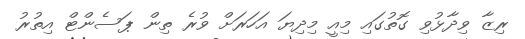
ރިޒާ ވިދާޅުވި ގޮތުގައި މިއީ މިދިޔަ އަހަރަށް ވުރެ ތިން ޕަސެންޓް އިތުރު